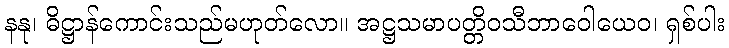
နနု၊ ဓိဋ္ဌာန်ကောင်းသည်မဟုတ်လော။ အဋ္ဌသမာပတ္တိဝသီဘာဝေါယေဝ၊ ရှစ်ပါး